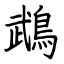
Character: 鵡